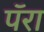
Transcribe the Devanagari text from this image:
पॅरा